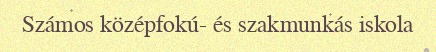
Számos középfokú- és szakmunkás iskola